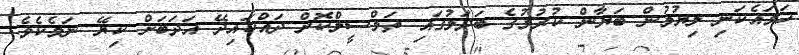
ހަމައެކަނި ލިޔުމުން ބަޔާން ކުރުމުގެ ބަދަލުގައި ތަމްސީލްކޮށް ދައްކައިދޭ އަދަބަށް ކިޔޭ ނަމެކެވެ.